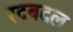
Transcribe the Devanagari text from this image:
रदबदल